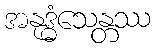
အနုဒ္ဓံသေန္တဿ